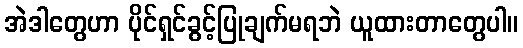
အဲဒါတွေဟာ ပိုင်ရှင်ခွင့်ပြုချက်မရဘဲ ယူထားတာတွေပါ။